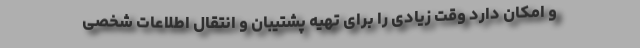
و امکان دارد وقت زیادی را برای تهیه پشتیبان و انتقال اطلاعات شخصی